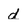
Character: d